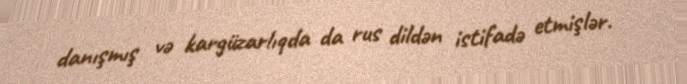
danışmış və kargüzarlıqda da rus dildən istifadə etmişlər.